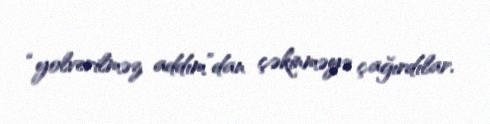
“yolverilməz addım”dan çəkinməyə çağırdılar.